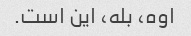
اوه، بله، این است.